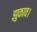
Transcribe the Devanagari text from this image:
झुकाव।